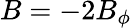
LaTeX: B=-2B_{\phi}